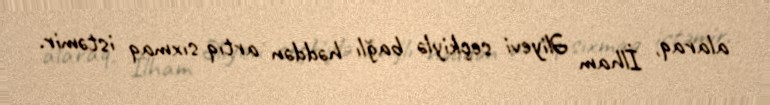
alaraq, İlham Əliyevi seçkiylə bağlı həddən artıq sıxmaq istəmir.